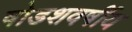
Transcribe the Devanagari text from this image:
षोडशवर्षीय